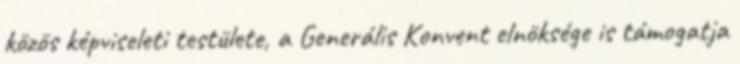
közös képviseleti testülete, a Generális Konvent elnöksége is támogatja